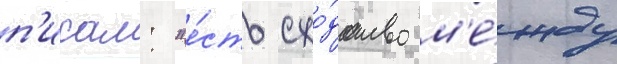
п'исал: "е́сть схо́дство м'е́жду